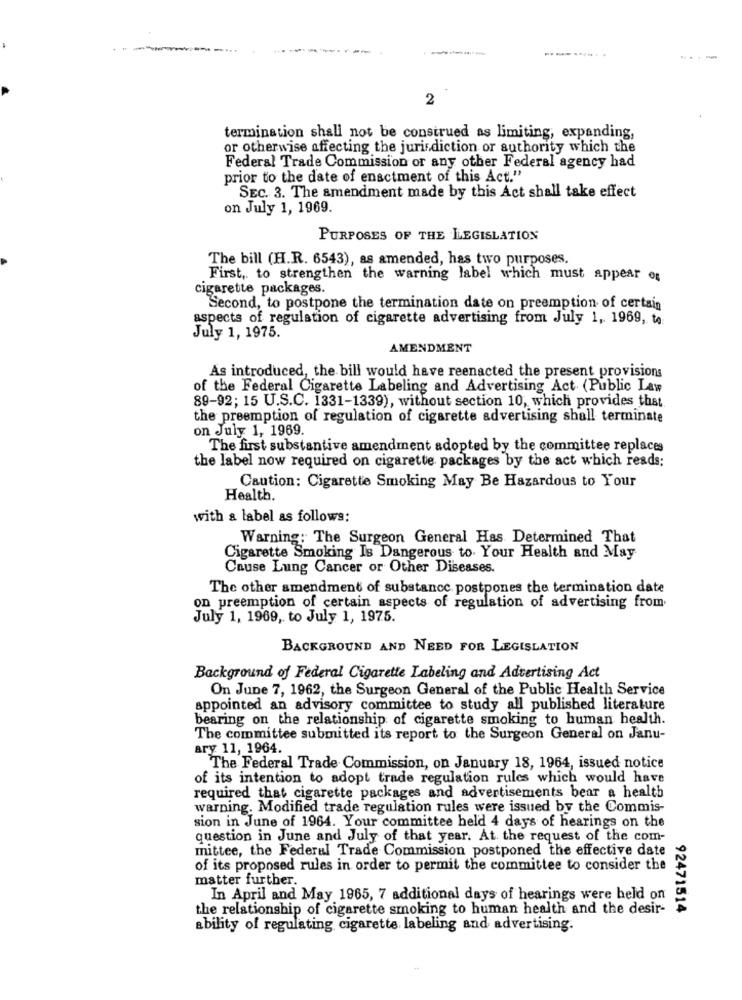
-
....
2
termination shall not be construed as limiting, expanding,
or otherwise affecting the jurisdiction or authority which the
Federal Trade Commission or any other Federal agency had
prior to the date of enactment of this Act."
SEC. 3. The amendment made by this Act shall take effect
on July 1, 1969.
PURPOSES OF THE LLEGISLATION
The bill (H.R. 6543), as amended, has two purposes.
First, to strengthen the warning label which must appear og
cigarette packages.
Second, to postpone the termination date on preemption of certain
aspects of regulation of cigarette advertising from July 1, 1969, to:
July 1, 1975.
AMENDMENT
As introduced, the bill would have reenacted the present provisions
of the Federal Cigarette Labeling and Advertising Act (Public Law
89-92; 15 U.S.C. 1331-1339), without section 10, which provides that
the preemption of regulation of cigarette advertising shall terminate
on July 1, 1969.
The first substantive amendment adopted by the committee replaces
the label now required on cigarette packages by the act which reads:
Caution: Cigarette Smoking May Be Hazardous to Your
Health.
with a label as follows:
Warning: The Surgeon General Has Determined That
Cigarette Smoking Is Dangerous to Your Health and May
Cause Lung Cancer or Other Diseases.
The other amendment of substance postpones the termination date
on preemption of certain aspects of regulation of advertising from
July 1, 1969, to July 1, 1975.
BACKGROUND AND NEED FOR LEGISLATION
Background of Federal Cigarette Labeling and Advertising Act
On June 7, 1962, the Surgeon General of the Public Health Service
appointed an advisory committee to study all published literature
bearing on the relationship of cigarette smoking to human health.
The committee submitted its report to the Surgeon General on Janu-
ary 11, 1964.
The Federal Trade Commission, on January 18, 1964, issued notice
of its intention to adopt trade regulation rules which would have
required that cigarette packages and advertisements bear a health
warning. Modified trade regulation rules were issued by the Commis-
sion in June of 1964. Your committee held 4 days of hearings on the
question in June and July of that year. At the request of the com-
mittee, the Federal Trade Commission postponed the effective date
of its proposed rules in order to permit the committee to consider the
matter further.
In April and May 1965, 7 additional days of hearings were held on
the relationship of cigarette smoking to human health and the desir-
92471514
ability of regulating cigarette labeling and advertising.